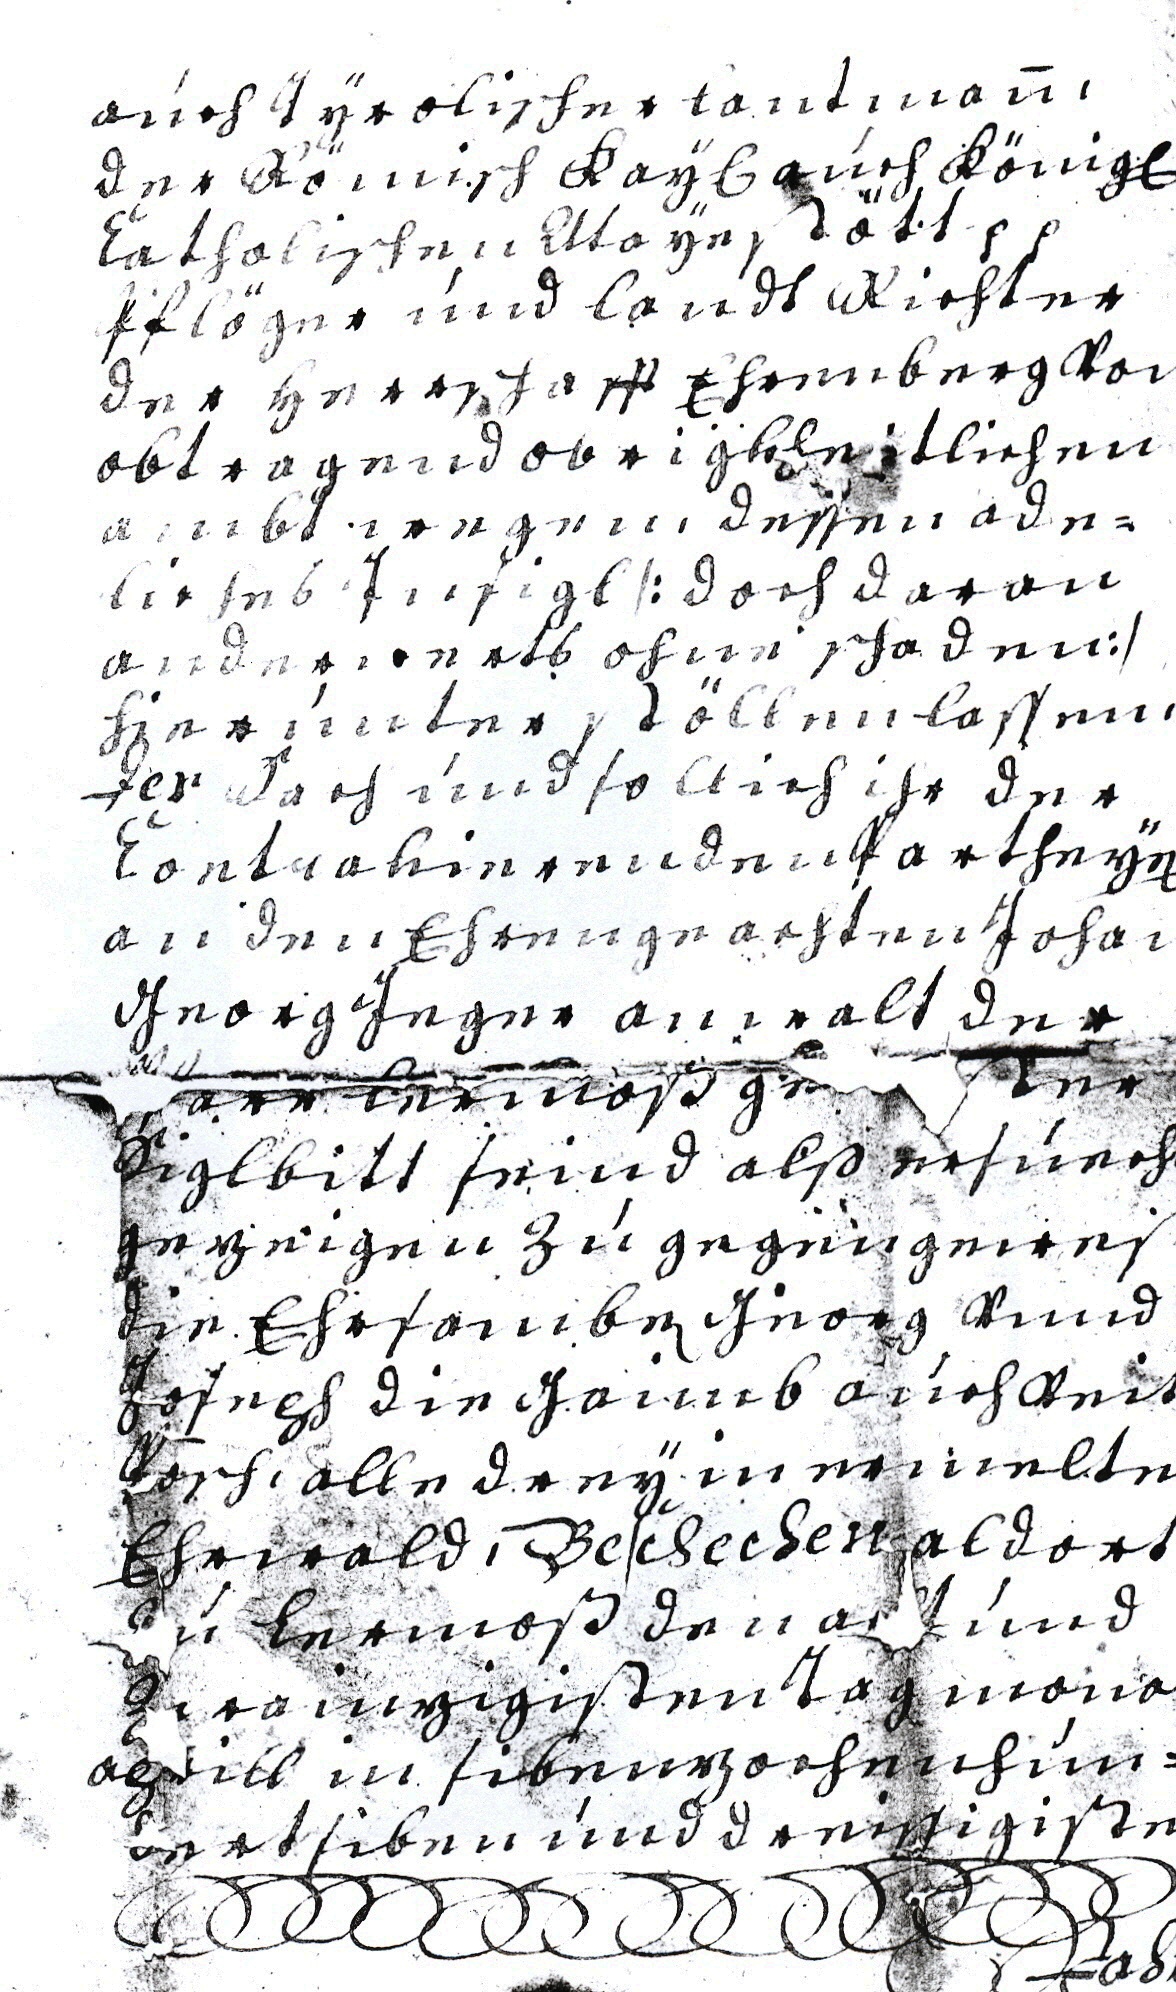
aúch Tÿrolischer lantman,
der Römisch Kaÿ auch König
Catholischen Maÿestött etc etc
Pflöger únd landt Richter
der Herrschafft Ehrenberg von
obtragend obrigkheitlichen
ambt wegen dessen ade¬
liches Insigl /:doch daran
anderwerts ohne Schaden:/
Hierúnter stöllen lassen,
Der Sach únd sollich ihr der
Contrahierenden Partheÿen
an den Ehrengeachten Johan
Gerog Jeger anwalt der
Pfarr Lermoß  gester
Siglbitt seind alß ersúech
te zeigen zú gegen gewes
die Ehesamben Georg vnnd
Joseph die Gaimb aúch Veit
Posch, alle dreÿ in ermelten
Ehrwald, Beschechen alsort
Zú Leermoß den acht únd
Zwainzigisten Tag monat
aprill in Sibenzochenhún¬
dertsiben únd dreissigisten
Jahr